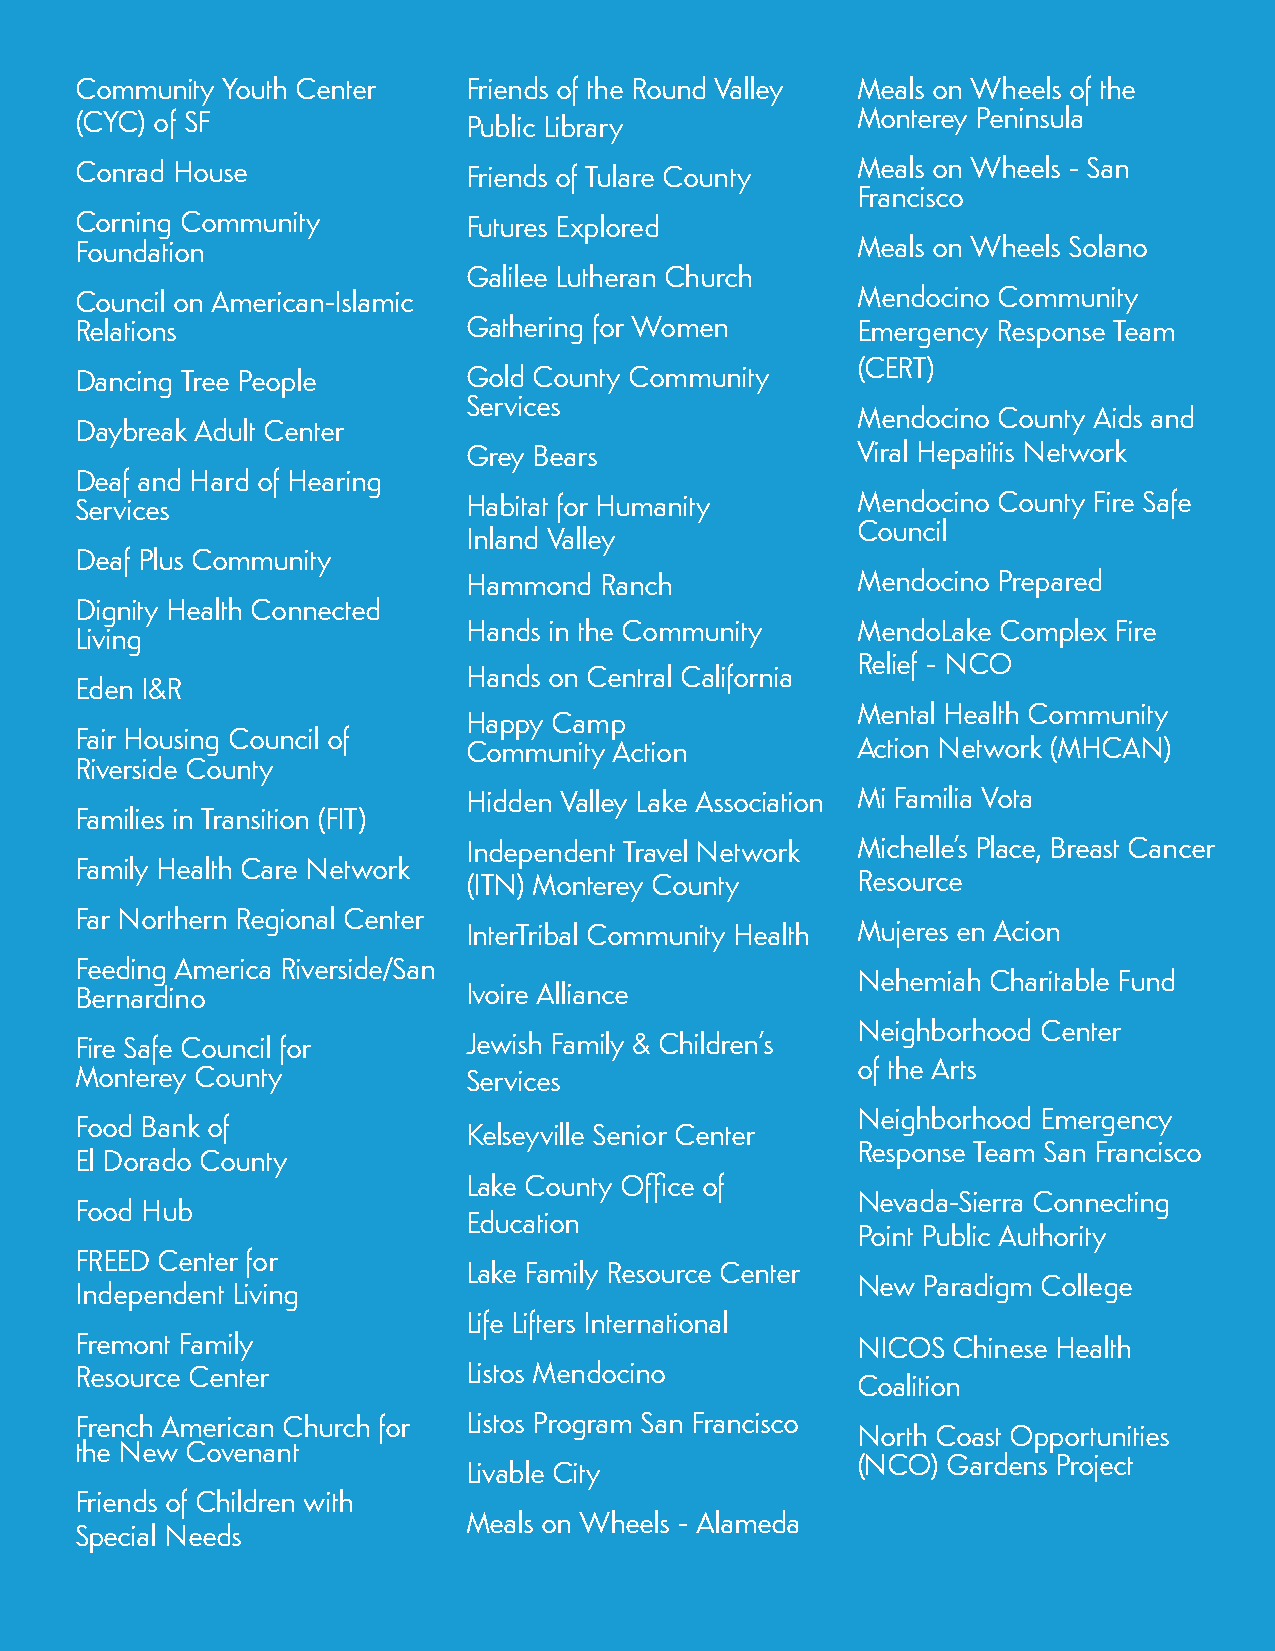
Community Youth Center    Friends of the Round Valley Meals on Wheels of the
 (CYC) of SF               Public Library            Monterey Peninsula
 Conrad House              Friends of Tulare County  Meals on Wheels - San
 Francisco
 Corning Community         Futures Explored
 Foundation                                          Meals on Wheels Solano
 Galilee Lutheran Church
 Council on American-Islamic                         Mendocino Community
 Relations                 Gathering for Women       Emergency Response Team
 (CERT)
 Dancing Tree People       Gold County Community
 Services
 Mendocino County Aids and
 Daybreak Adult Center
 Grey Bears                Viral Hepatitis Network
 Deaf and Hard of Hearing
 Services                  Habitat for Humanity      Mendocino County Fire Safe
 Council
 Inland Valley
 Deaf Plus Community
 Hammond  Ranch            Mendocino Prepared
 Dignity Health Connected
 Hands in the Community    MendoLake Complex Fire
 Living
 Relief - NCO
 Hands on Central California
 Eden I&R
 Mental Health Community
 Happy Camp
 Fair Housing Council of
 Community Action          Action Network (MHCAN)
 Riverside County
 Hidden Valley Lake Association Mi Familia Vota
 Families in Transition (FIT)
 Independent Travel Network Michelle’s Place, Breast Cancer
 Family Health Care Network
 (ITN) Monterey County     Resource
 Far Northern Regional Center
 InterTribal Community Health Mujeres en Acion
 Feeding America Riverside/San
 Nehemiah Charitable Fund
 Bernardino                Ivoire Alliance
 Neighborhood Center
 Fire Safe Council for     Jewish Family & Children’s
 of the Arts
 Monterey County           Services
 Neighborhood Emergency
 Food Bank of
 Kelseyville Senior Center
 Response Team San Francisco
 El Dorado County
 Lake County Office of
 Nevada-Sierra Connecting
 Food Hub
 Education
 Point Public Authority
 FREED Center for
 Lake Family Resource Center
 New Paradigm College
 Independent Living
 Life Lifters International
 Fremont Family                                      NICOS Chinese Health
 Resource Center           Listos Mendocino
 Coalition
 French American Church for Listos Program San Francisco
 North Coast Opportunities
 the New Covenant
 (NCO) Gardens Project
 Livable City
 Friends of Children with
 Meals on Wheels - Alameda
 Special Needs